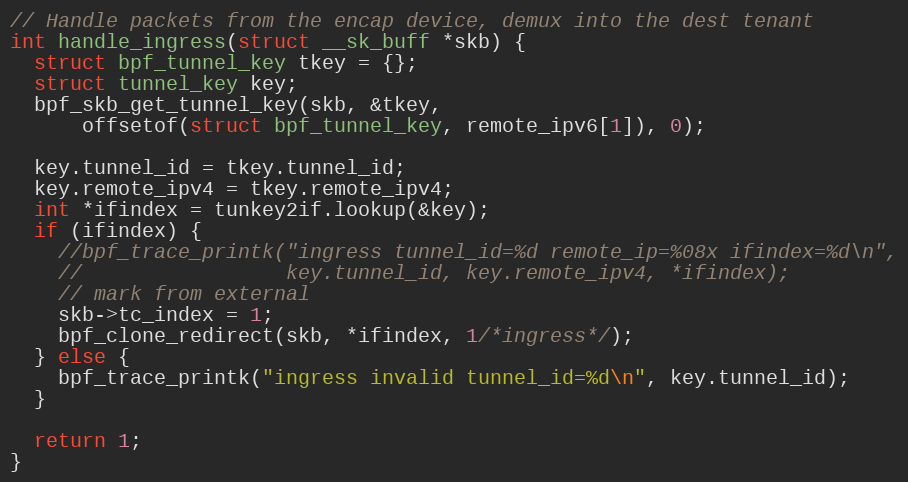
Language: C
// Handle packets from the encap device, demux into the dest tenant
int handle_ingress(struct __sk_buff *skb) {
  struct bpf_tunnel_key tkey = {};
  struct tunnel_key key;
  bpf_skb_get_tunnel_key(skb, &tkey,
      offsetof(struct bpf_tunnel_key, remote_ipv6[1]), 0);

  key.tunnel_id = tkey.tunnel_id;
  key.remote_ipv4 = tkey.remote_ipv4;
  int *ifindex = tunkey2if.lookup(&key);
  if (ifindex) {
    //bpf_trace_printk("ingress tunnel_id=%d remote_ip=%08x ifindex=%d\n",
    //                 key.tunnel_id, key.remote_ipv4, *ifindex);
    // mark from external
    skb->tc_index = 1;
    bpf_clone_redirect(skb, *ifindex, 1/*ingress*/);
  } else {
    bpf_trace_printk("ingress invalid tunnel_id=%d\n", key.tunnel_id);
  }

  return 1;
}